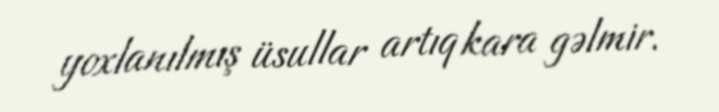
yoxlanılmış üsullar artıq kara gəlmir.